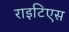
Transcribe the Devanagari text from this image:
राइटिएस